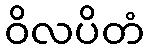
ဝိလပိတံ